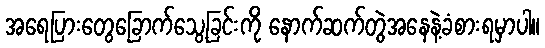
အရေပြားတွေခြောက်သွေ့ခြင်းကို နောက်ဆက်တွဲအနေနဲ့ခံစားရမှာပါ။